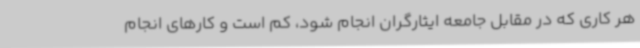
هر کاری که در مقابل جامعه ایثارگران انجام شود، کم است و کارهای انجام